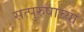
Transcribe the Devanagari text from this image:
सत्पुरुषाच्या